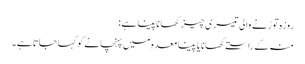
روزہ توڑنے والی تیسری چیز کھانا پینا ہے :
منہ کے راستےکھانا یا پینا معدہ میں پہنچانے کو کہاجاتاہے ۔